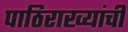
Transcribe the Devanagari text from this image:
पाठिराख्यांची